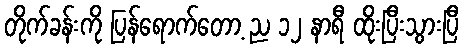
တိုက်ခန်းကို ပြန်ရောက်တော့ ည ၁၂ နာရီ ထိုးပြီးသွားပြီ